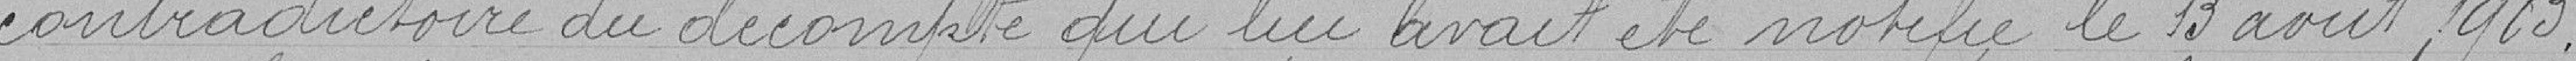
contradictoire de décompte qui lui avait été notifié le 13 août 1903.